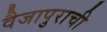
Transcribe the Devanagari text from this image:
वैजापुराची